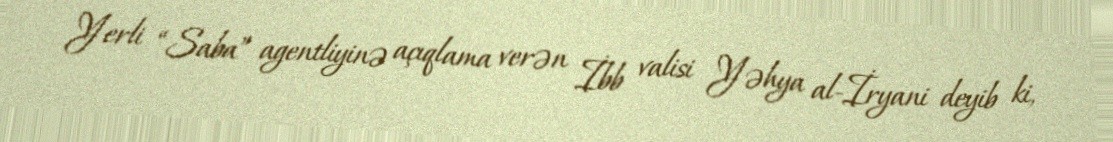
Yerli “Saba” agentliyinə açıqlama verən İbb valisi Yəhya al-İryani deyib ki,